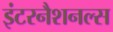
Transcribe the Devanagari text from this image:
इंटरनैशनल्स